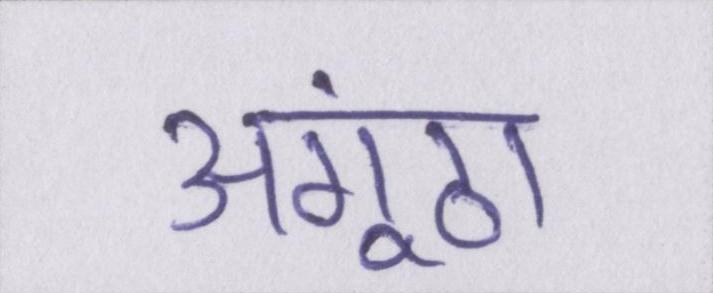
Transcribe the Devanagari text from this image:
अंगूठा